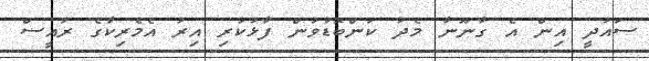
ސައުދީ އިން އެ ގާނޫނާ މެދު ކަންބޮޑުވުން ފާޅުކުރި އިރު އެމެރިކާގެ ރައީސް